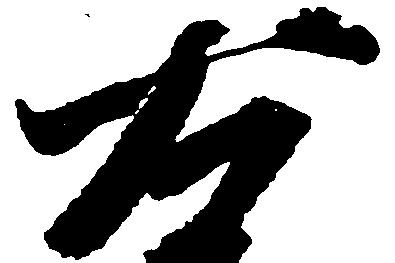
右